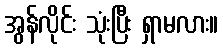
အွန်လိုင်း သုံးပြီး ရှာမလား။